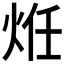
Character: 𭴞